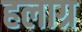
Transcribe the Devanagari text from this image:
हलाग्र